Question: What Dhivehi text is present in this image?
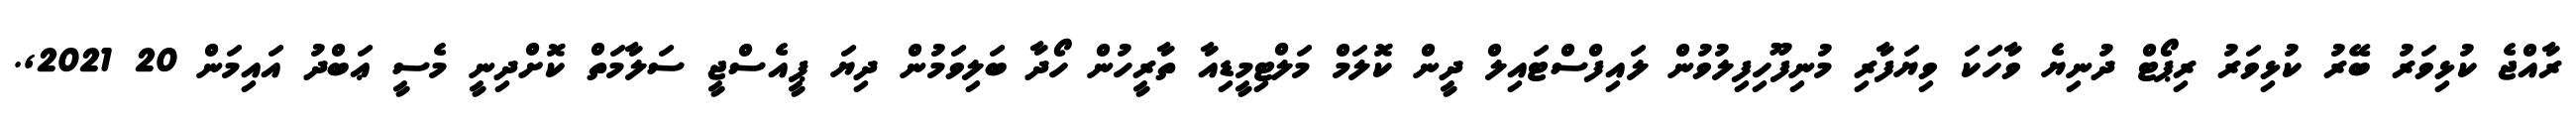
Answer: ރާއްޖެ ކުޅިވަރު ބޭރު ކުޅިވަރު ރިޕޯޓް ދުނިޔެ ވާހަކަ ވިޔަފާރި މުނިފޫހިފިލުވުން ލައިފްސްޓައިލް ދީން ކޮލަމް މަލްޓިމީޑިއާ ތާރީހުން ހޯދާ ބަލިވަމުން ދިޔަ ޕީއެސްޖީ ސަލާމަތް ކޮށްދިނީ މެސީ ޢަބްދު އައިމަން 20 2021,.